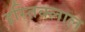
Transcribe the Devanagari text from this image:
इस्तिक्लाल